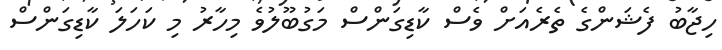
ހިޖާބު ފެޝަންގެ ތެރެއަށް ވެސް ކާޑިގަންސް މަގުބޫލުވެ މިހާރު މި ކަހަލަ ކާޑިގަންސް